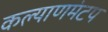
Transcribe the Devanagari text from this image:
कल्याणमंटप